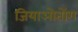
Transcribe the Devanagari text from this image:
जियाओतोंग